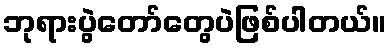
ဘုရားပွဲတော်တွေပဲဖြစ်ပါတယ်။